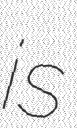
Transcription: is